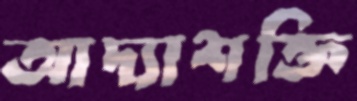
আদ্যাশক্তি